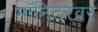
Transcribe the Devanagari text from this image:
मॉनिटरवर